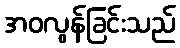
အဝလွန်ခြင်းသည်